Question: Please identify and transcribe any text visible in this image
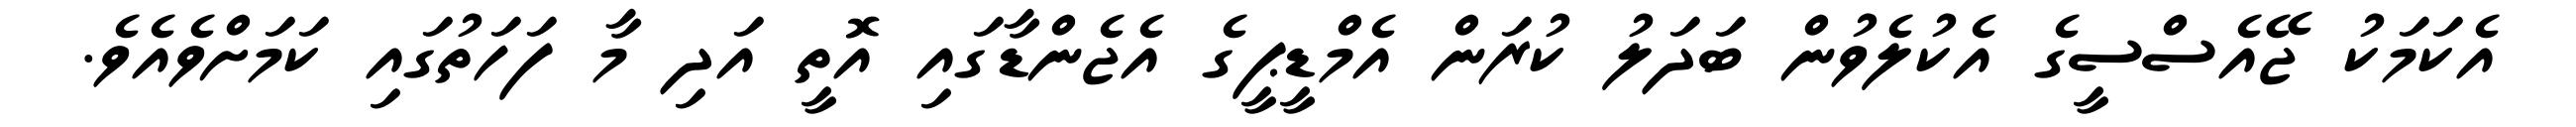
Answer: އެކަމަކު ޖޭއެސްސީގެ އެކުލެވުން ބަދަލު ކުރަން އެމްޑީޕީގެ އެޖެންޑާގައި އޮތީ އަދި މާ ފަހަތުގައި ކަމަށްވެއެވެ.